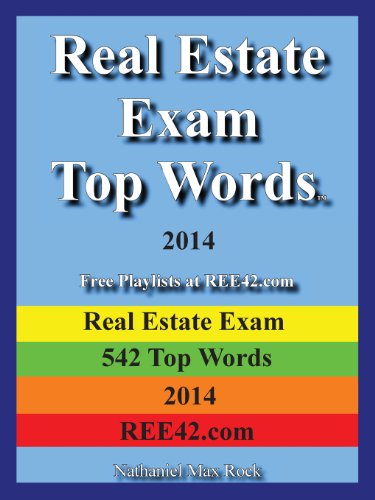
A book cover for Real Estate Exam Top Words 2014 Real Estate Exam 542 Top Words 2014 Ree42.com; Nathaniel Max Rock; Business & Money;